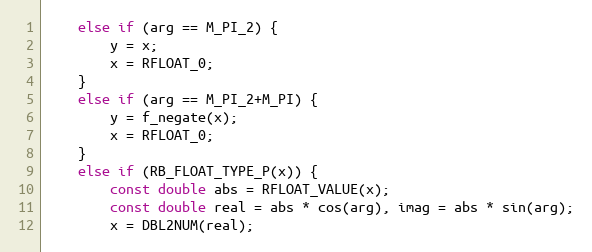
Language: C
	else if (arg == M_PI_2) {
	    y = x;
	    x = RFLOAT_0;
	}
	else if (arg == M_PI_2+M_PI) {
	    y = f_negate(x);
	    x = RFLOAT_0;
	}
	else if (RB_FLOAT_TYPE_P(x)) {
	    const double abs = RFLOAT_VALUE(x);
	    const double real = abs * cos(arg), imag = abs * sin(arg);
	    x = DBL2NUM(real);